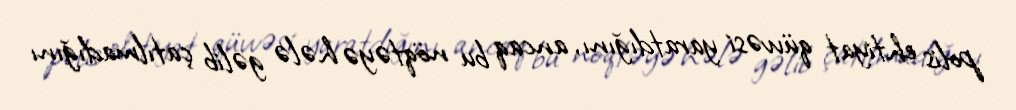
polis ehtiyat qüvvəsi yaratdığını, ancaq bu nöqtəyə hələ gəlib çatılmadığını